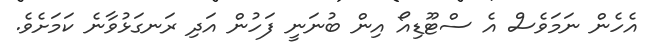
އެހެން ނަމަވެސް އެ ސްޓޫޑިއޯ އިން ބުނަނީ ފަހުން އަދި ރަނގަޅުވާނެ ކަމަށެވެ.